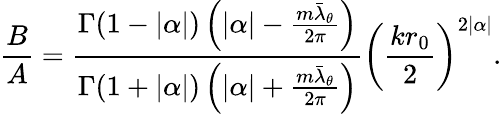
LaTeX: \frac{B}{A}=\frac{\Gamma(1-|\alpha|)\left(|\alpha|-\frac{m\bar{\lambda}_{\theta}}{2\pi}\right)}{\Gamma(1+|\alpha|)\left(|\alpha|+\frac{m\bar{\lambda}_{\theta}}{2\pi}\right)}\left(\frac{kr_{0}}{2}\right)^{2|\alpha|}.